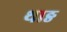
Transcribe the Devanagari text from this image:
थाङ